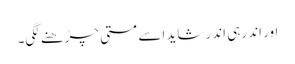
اور اندر ہی اندر شاید اسے مستی چڑھنے لگی۔